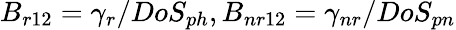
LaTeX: B_{r12}=\gamma_{r}/DoS_{ph},B_{nr12}=\gamma_{nr}/DoS_{pn}